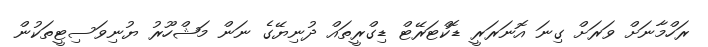
ރަހްމާނަށް ވަރަށް ގިނަ އޮނަރަރީ ޑޮކްޓަރޭޓް ޑިގްރީތައް ދުނިޔޭގެ ނަން މަޝްހޫރު ޔުނިވަސިޓީތަކުން